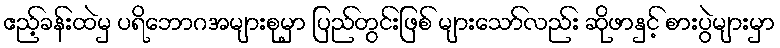
ဧည့်ခန်းထဲမှ ပရိဘောဂအများစုမှာ ပြည်တွင်းဖြစ် များသော်လည်း ဆိုဖာနှင့် စားပွဲများမှာ